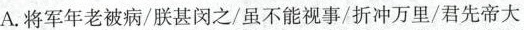
A.将军年老被病/朕甚闵之/虽不能视事/折冲万里/君先帝大